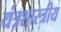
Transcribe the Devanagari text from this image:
यंत्रशास्त्रीय